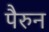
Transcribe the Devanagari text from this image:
पैरुन